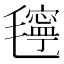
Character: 𰚴